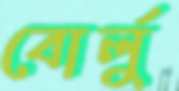
বোর্লু